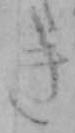
き